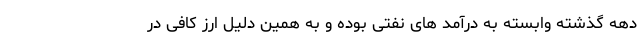
دهه گذشته وابسته به درآمد های نفتی بوده و به همین دلیل ارز کافی در